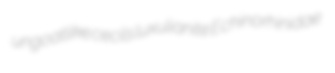
ungoatlike cecils luxulianite Echinorhinidae